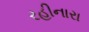
રહીનારા